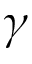
\gamma